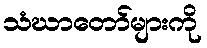
သံဃာတော်များကို